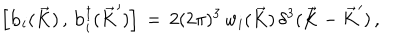
LaTeX: \Big [ { \bf b } _ { i } ( \vec { K } ) \, , \, { \bf b } _ { i } ^ { \dagger } ( { \vec { K } } ^ { \prime } ) \Big ] \, = \, 2 ( 2 \pi ) ^ { 3 } \, w _ { i } ( \vec { K } ) \, \delta ^ { 3 } ( \vec { K } - { \vec { K } } ^ { \prime } ) \, ,